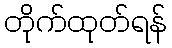
တိုက်ထုတ်ရန်